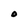
Character: O